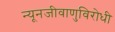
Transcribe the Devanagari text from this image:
न्यूनजीवाणुविरोधी